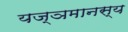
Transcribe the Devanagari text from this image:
यज्ञमानस्य